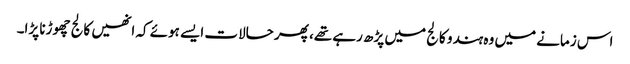
اس زمانے میں وہ ہندو کالج میں پڑھ رہے تھے، پھر حالات ایسے ہوئے کہ انھیں کالج چھوڑنا پڑا۔